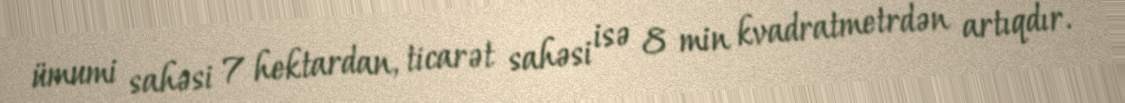
ümumi sahəsi 7 hektardan, ticarət sahəsi isə 8 min kvadratmetrdən artıqdır.